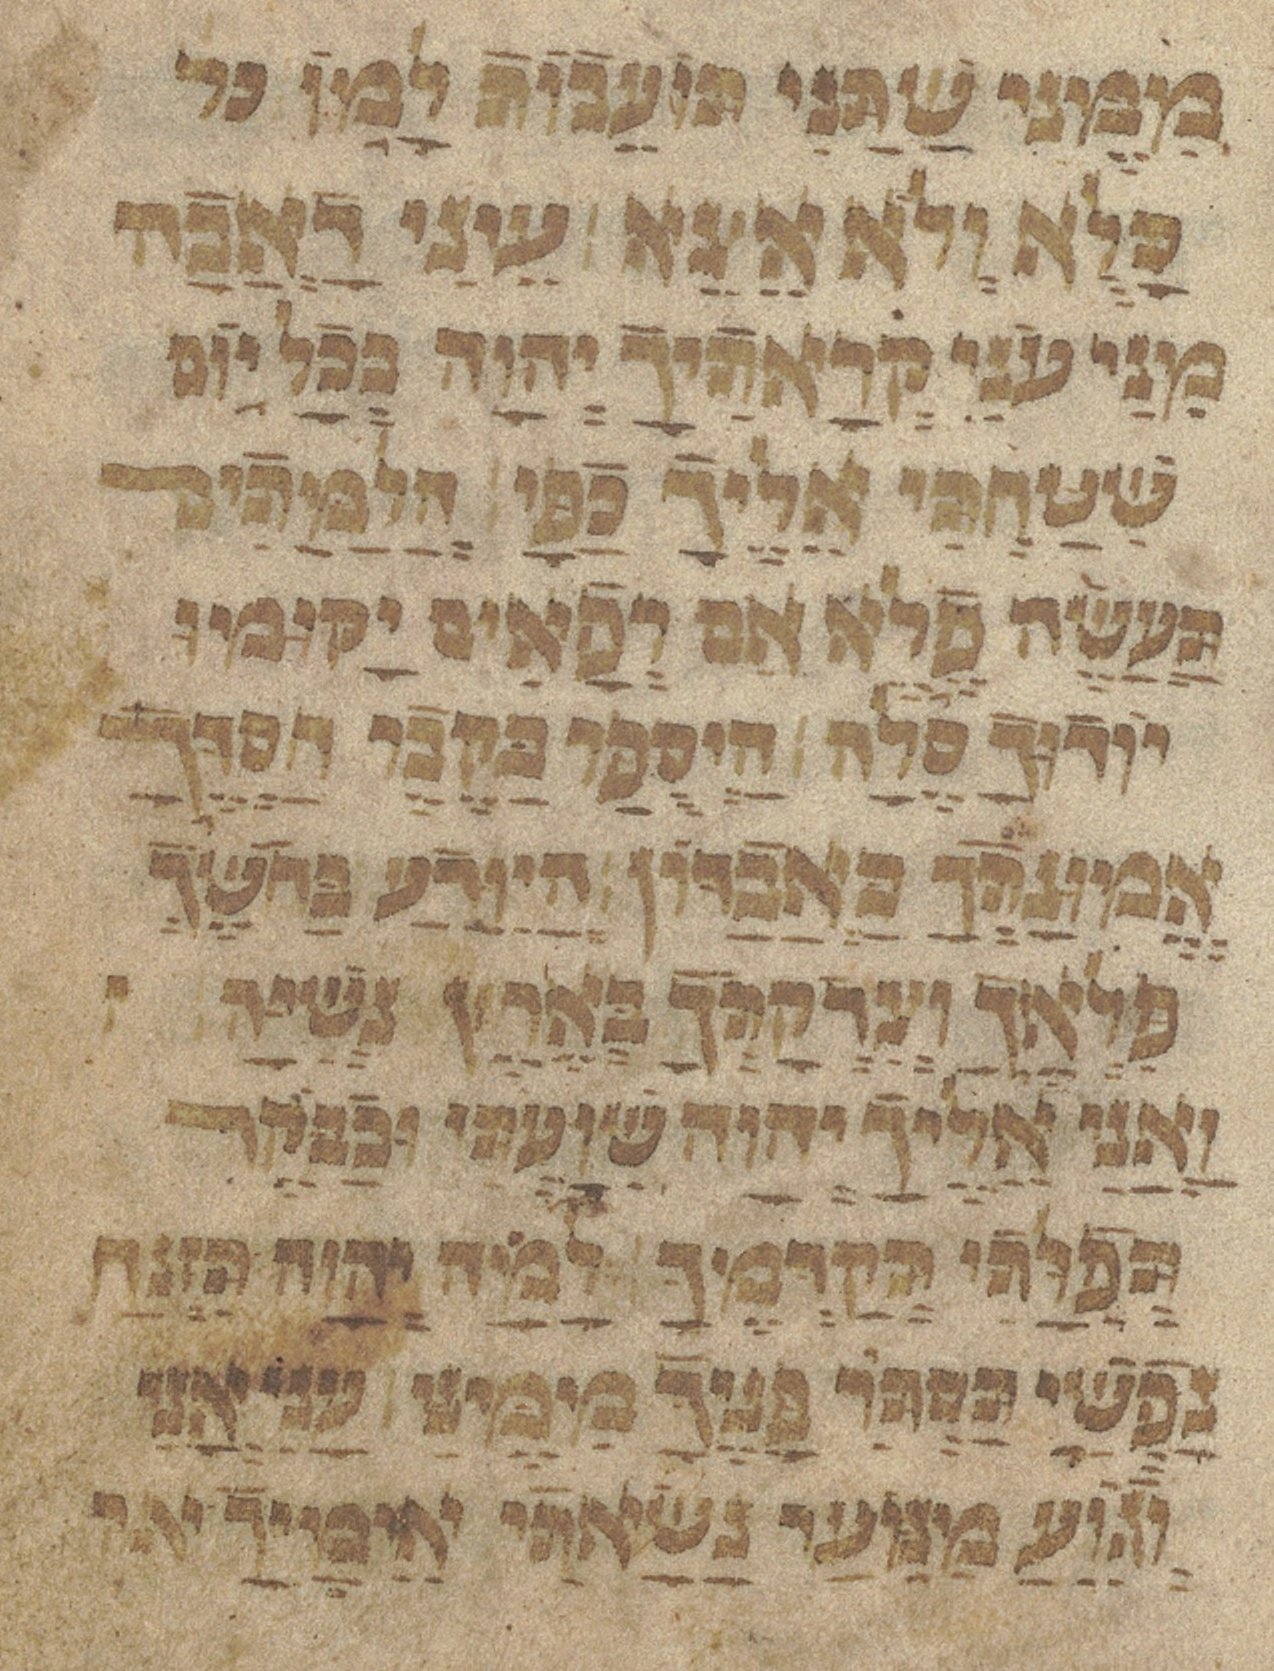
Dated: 1433–1433